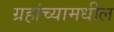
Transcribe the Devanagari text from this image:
ग्रहांच्यामधील